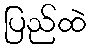
ပြည်ထဲ